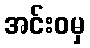
အင်းဝမှ